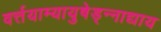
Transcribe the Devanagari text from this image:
वर्त्तयाम्यायुषेड्न्नाद्याय